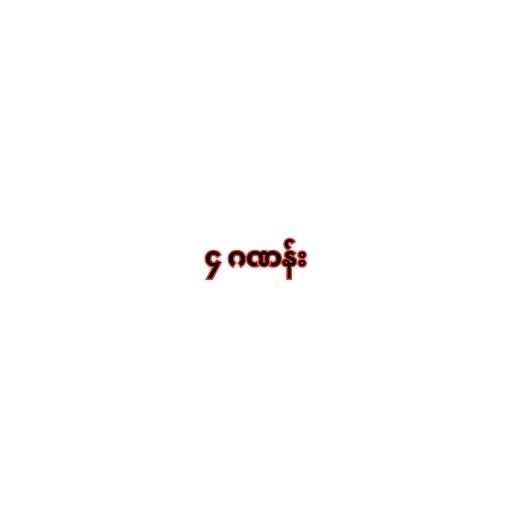
၄ ဂဏန်း